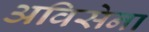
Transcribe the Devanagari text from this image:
अविसेना